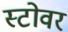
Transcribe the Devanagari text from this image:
स्टोवर